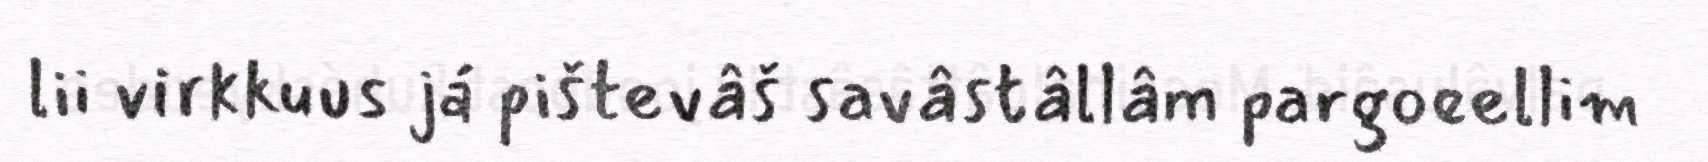
lii virkkuus já pištevâš savâstâllâm pargoeellim